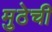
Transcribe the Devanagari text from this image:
मुठेची